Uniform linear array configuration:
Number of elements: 4
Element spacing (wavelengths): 0.75
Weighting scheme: hamming
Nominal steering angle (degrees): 0
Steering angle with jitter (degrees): -1.352
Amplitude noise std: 0.05
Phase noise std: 0.05

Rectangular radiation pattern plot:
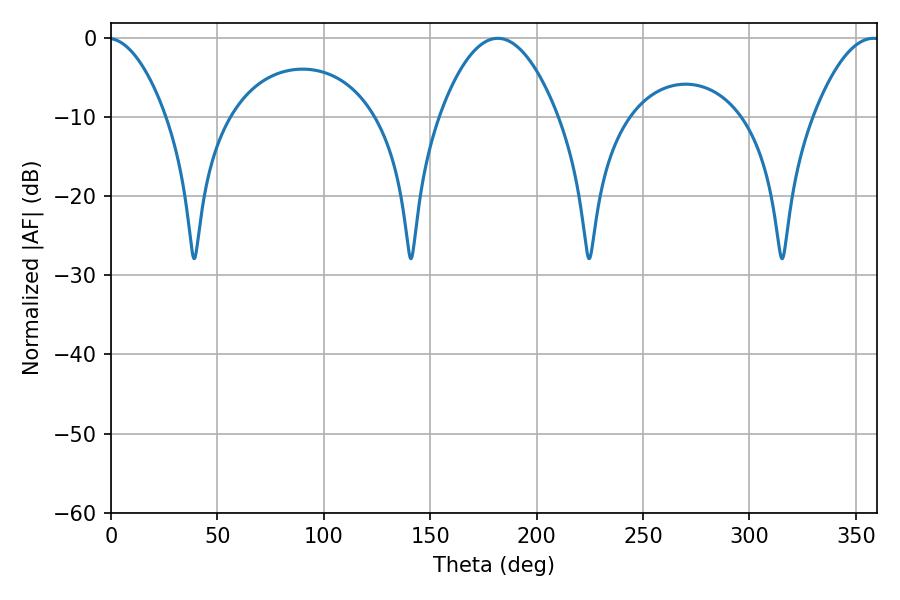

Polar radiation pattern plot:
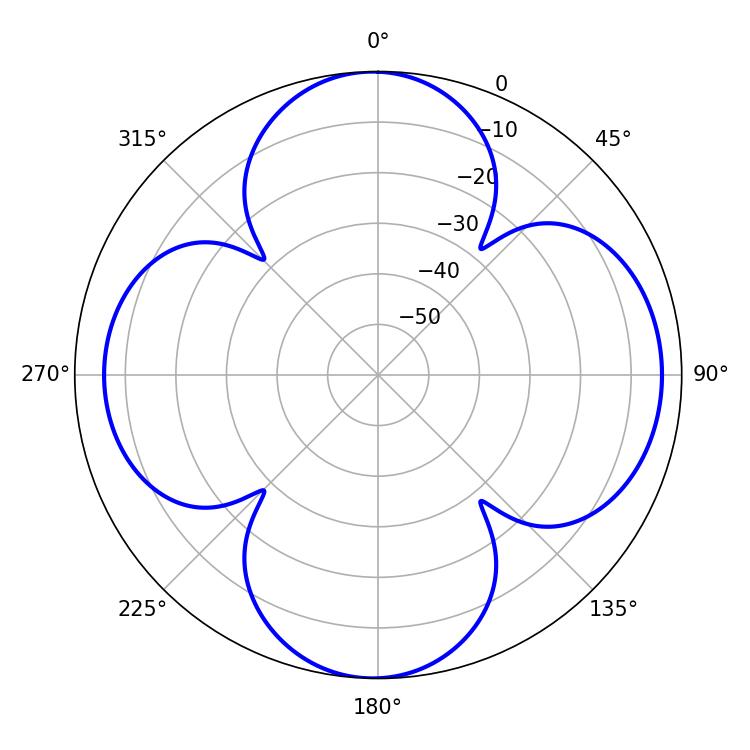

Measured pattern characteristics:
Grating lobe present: TRUE
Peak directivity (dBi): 12.831
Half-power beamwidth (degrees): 30.78
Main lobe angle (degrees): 181.8